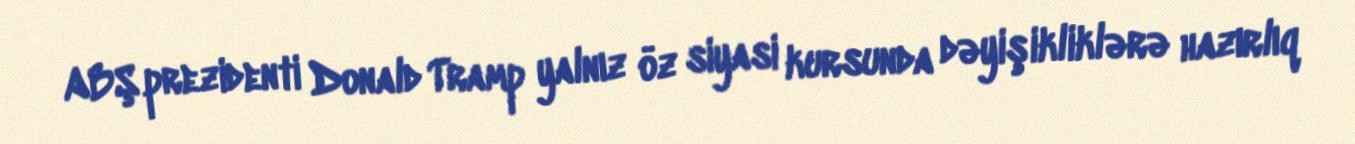
ABŞ prezidenti Donald Tramp yalnız öz siyasi kursunda dəyişikliklərə hazırlıq